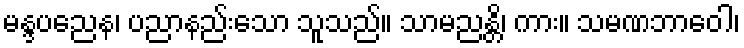
မန္ဒပညေန၊ ပညာနည်းသော သူသည်။ သာမညန္တိ၊ ကား။ သမဏဘာဝေါ၊